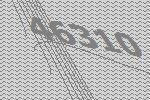
46310